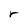
Character: r